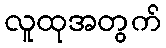
လူထုအတွက်